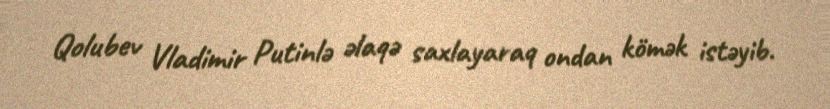
Qolubev Vladimir Putinlə əlaqə saxlayaraq ondan kömək istəyib.